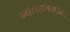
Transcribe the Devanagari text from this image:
न्यायालयांना